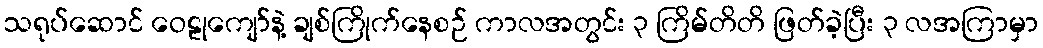
သရုပ်ဆောင် ဝေဠုကျော်နဲ့ ချစ်ကြိုက်နေစဉ် ကာလအတွင်း ၃ ကြိမ်တိတိ ဖြတ်ခဲ့ပြီး ၃ လအကြာမှာ